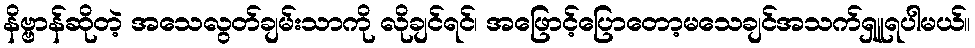
နိဗ္ဗာန်ဆိုတဲ့ အသေလွတ်ချမ်းသာကို လိုချင်ရင်၊ အဖြောင့်ပြောတော့မသေချင်အသက်ရှူရပါမယ်။